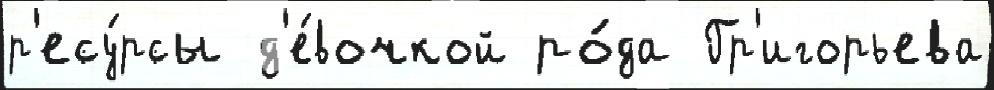
р'есу́рсы д'е́вочкой ро́да Гр'игорьева